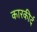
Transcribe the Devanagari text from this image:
कारकीर्द